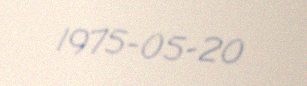
1975-05-20